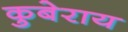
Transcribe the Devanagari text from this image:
कुबेराय